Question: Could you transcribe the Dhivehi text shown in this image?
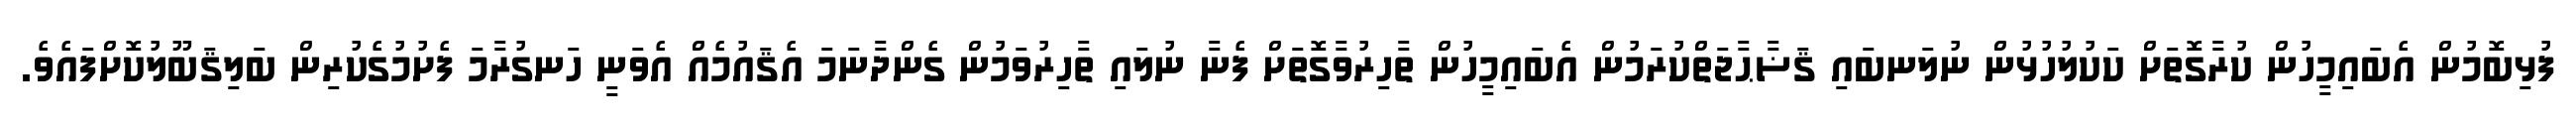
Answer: ފުޅިބޮމުން އެބައިމީހުން ކުރާގޮތަށް ކަކުލުހުޅުން ނުލަނބައި ޤަޟާޙާޖަތްކުރަމުން އެބައިމީހުން ތާހިރުވާގޮތަށް ފެނާ ނުލައި ތާހިރުވަމުން ގެންދާނަމަ އެޤައުމެއް އެވަނީ ހަނގުރާމަ ފެށުމުގެކުރިން ބަލިޤަބޫލުކޮށްފައެވެ.